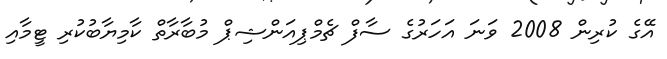
އޭގެ ކުރިން 2008 ވަނަ އަހަރުގެ ސާފް ޗެމްޕިއަންޝިޕް މުބާރާތް ކާމިޔާބުކުރި ޓީމާއި